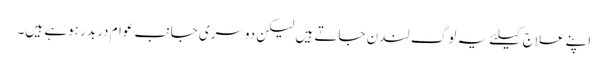
اپنے علاج کیلئے یہ لوگ لندن جاتے ہیں لیکن دوسری جانب عوام دربدر ہوہے ہیں۔